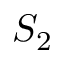
S _ { 2 }